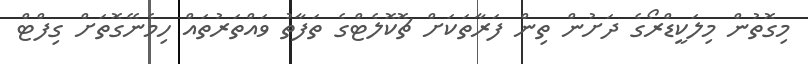
މިގޮތުން މިލަކީޑްރޯގެ ދަށުން ތިން ފަރާތަކަށް ޗޮކޮލެޓްގެ ތަފާތު ވައްތަރުތައް ހިމެނޭގޮތަށް ގިފްޓް